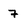
Character: 7